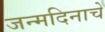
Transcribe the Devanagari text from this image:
जन्‍मदिनाचे